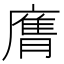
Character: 𭙶